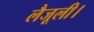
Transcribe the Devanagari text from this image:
लैजूली।